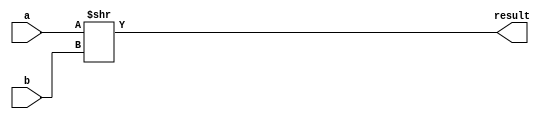
module SHR (input [31:0] a, b, output [31:0] result);

	assign result = a >> b;
	
endmodule